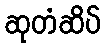
ဆုတံဆိပ်